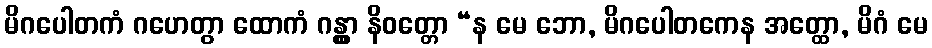
မိဂပေါတကံ ဂဟေတွာ ထောကံ ဂန္တွာ နိဝတ္တော “န မေ ဘော, မိဂပေါတကေန အတ္ထော, မိဂံ မေ